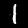
Label: 1